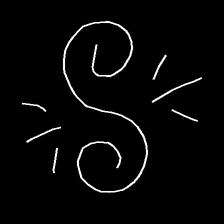
Glyph: wind-directs-air